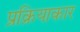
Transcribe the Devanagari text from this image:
प्रक्रियाकार